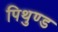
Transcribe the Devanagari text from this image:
पिथुण्ड